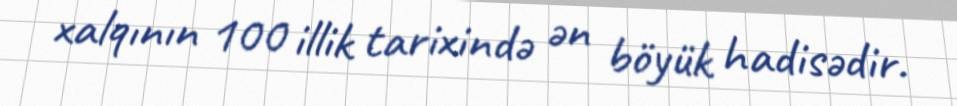
xalqının 100 illik tarixində ən böyük hadisədir.